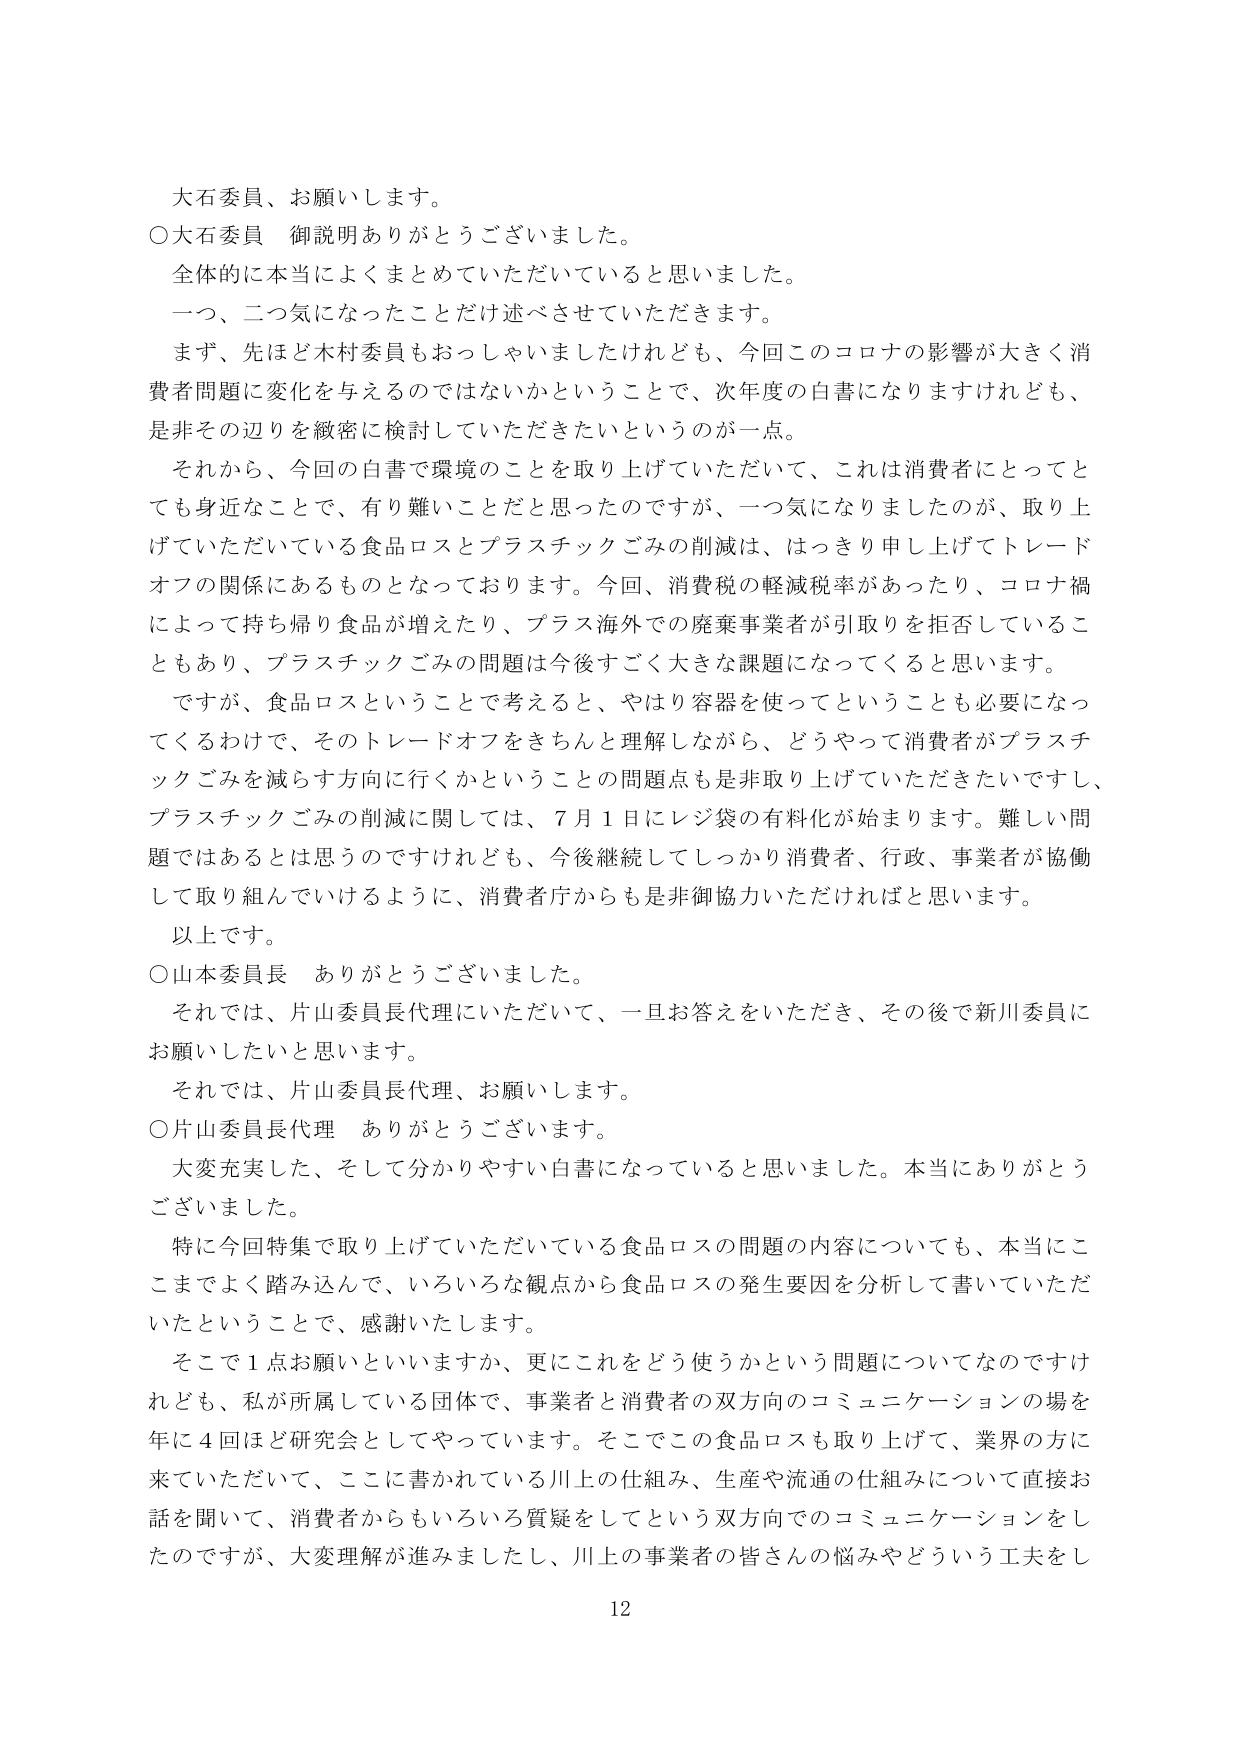
大石委員、お願いします。

○大石委員 御説明ありがとうございました。
全体的に本当によくまとめていただいていると思いました。
一つ、二つ気になったことだけ述べさせていただきます。
まず、先ほど木村委員もおっしゃいましたけれども、今回このコロナの影響が大きく消費者問題に変化を与えるのではないかということで、次年度の白書になりますけれども、是非その辺りを緻密に検討していただきたいというのが一点。
それから、今回の白書で環境のことを取り上げていただいて、これは消費者にとってとても身近なことで、有り難いことだと思ったのですが、一つ気になりましたのが、取り上げていただいている食品ロスとプラスチックごみの削減は、はっきり申し上げてトレードオフの関係にあるものとなっております。今回、消費税の軽減税率があったり、コロナ禍によって持ち帰り食品が増えたり、プラス海外での廃棄事業者が引取りを拒否していることもあり、プラスチックごみの問題は今後すごく大きな課題になってくると思います。
ですが、食品ロスということで考えると、やはり容器を使ってということも必要になってくるわけで、そのトレードオフをきちんと理解しながら、どうやって消費者がプラスチックごみを減らす方向に行くかというこの問題点も是非取り上げていただきたいですし、プラスチックごみの削減に関しては、7月1日にレジ袋の有料化が始まります。難しい問題ではあるとは思うのですけれども、今後継続してしっかり消費者、行政、事業者が協働して取り組んでいけるように、消費者庁からも是非御協力いただければと思います。
以上です。

○山本委員長 ありがとうございました。
それでは、片山委員長代理にいただいて、一旦お答えをいただき、その後で新川委員にお願いしたいと思います。
それでは、片山委員長代理、お願いします。

○片山委員長代理 ありがとうございます。
大変充実した、そして分かりやすい白書になっていると思いました。本当にありがとうございました。
特に今回特集で取り上げていただいている食品ロスの問題の内容についても、本当にここまでよく踏み込んで、いろいろな観点から食品ロスの発生要因を分析して書いていただいたということで、感謝いたします。
そこで1点お願いといいますか、更にこれをどう使うかという問題についてなのですが、私が出所属している団体で、事業者と消費者の双方向のコミュニケーションの場を年に4回ほど研究会としてやっています。そこでこの食品ロスも取り上げて、業界の方に来ていただいて、ここに書かれている川上の仕組み、生産や流通の仕組みについて直接お話を聞いて、消費者からもいろいろ質疑をしてという双方向でのコミュニケーションをしたのですが、大変理解が進みましたし、川上の事業者の皆さんの悩みやどういう工夫をし

12